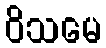
ဝိသမေ